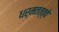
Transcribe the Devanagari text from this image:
धर्मतत्त्वे